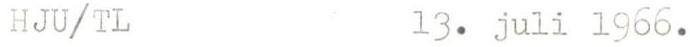
HJU/TL 13. juli 1966.